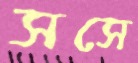
সসে